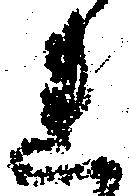
れ